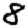
Digit: 8